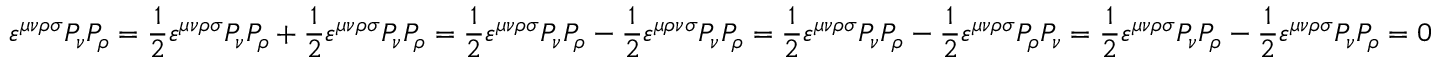
\varepsilon ^ { \mu \nu \rho \sigma } P _ { \nu } P _ { \rho } = \frac { 1 } { 2 } \varepsilon ^ { \mu \nu \rho \sigma } P _ { \nu } P _ { \rho } + \frac { 1 } { 2 } \varepsilon ^ { \mu \nu \rho \sigma } P _ { \nu } P _ { \rho } = \frac { 1 } { 2 } \varepsilon ^ { \mu \nu \rho \sigma } P _ { \nu } P _ { \rho } - \frac { 1 } { 2 } \varepsilon ^ { \mu \rho \nu \sigma } P _ { \nu } P _ { \rho } = \frac { 1 } { 2 } \varepsilon ^ { \mu \nu \rho \sigma } P _ { \nu } P _ { \rho } - \frac { 1 } { 2 } \varepsilon ^ { \mu \nu \rho \sigma } P _ { \rho } P _ { \nu } = \frac { 1 } { 2 } \varepsilon ^ { \mu \nu \rho \sigma } P _ { \nu } P _ { \rho } - \frac { 1 } { 2 } \varepsilon ^ { \mu \nu \rho \sigma } P _ { \nu } P _ { \rho } = 0